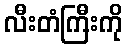
လီးတံကြီးကို